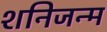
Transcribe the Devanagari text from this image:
शनिजन्म